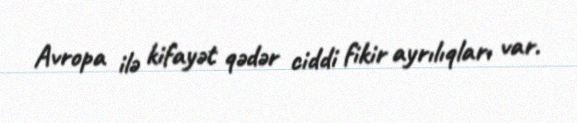
Avropa ilə kifayət qədər ciddi fikir ayrılıqları var.